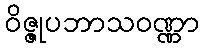
ဝိဇ္ဇုပဘာသဝဏ္ဏာ